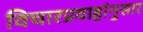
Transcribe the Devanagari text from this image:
विचारप्रवाहांनुसार